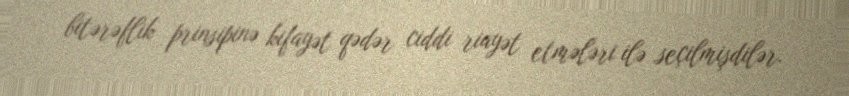
bitərəflik prinsipinə kifayət qədər ciddi riayət etmələri ilə seçilmişdilər.